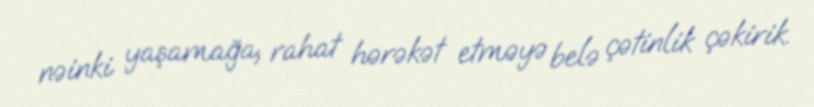
nəinki yaşamağa, rahat hərəkət etməyə belə çətinlik çəkirik.